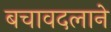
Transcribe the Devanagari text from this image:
बचावदलाने